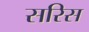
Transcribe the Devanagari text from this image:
सरिस